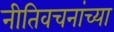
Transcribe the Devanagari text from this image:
नीतिवचनांच्या